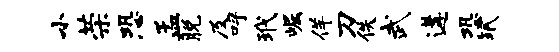
小荣恐孟脱及呼玳崛佯刀佚武遘恐珉